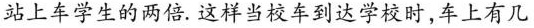
站上车学生的两倍。这样当校车到达学校时，车上有几